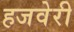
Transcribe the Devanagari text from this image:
हजवेरी